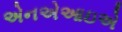
એનએઆઇએ